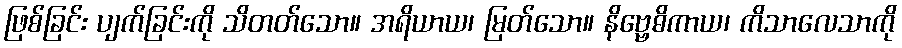
ဖြစ်ခြင်း ပျက်ခြင်းကို သိတတ်သော။ အရိယာယ၊ မြတ်သော။ နိဗ္ဗေဓိကာယ၊ ကိသာလေသာကို